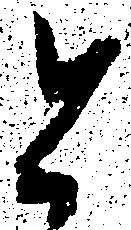
と